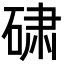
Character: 𬒕